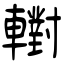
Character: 轛